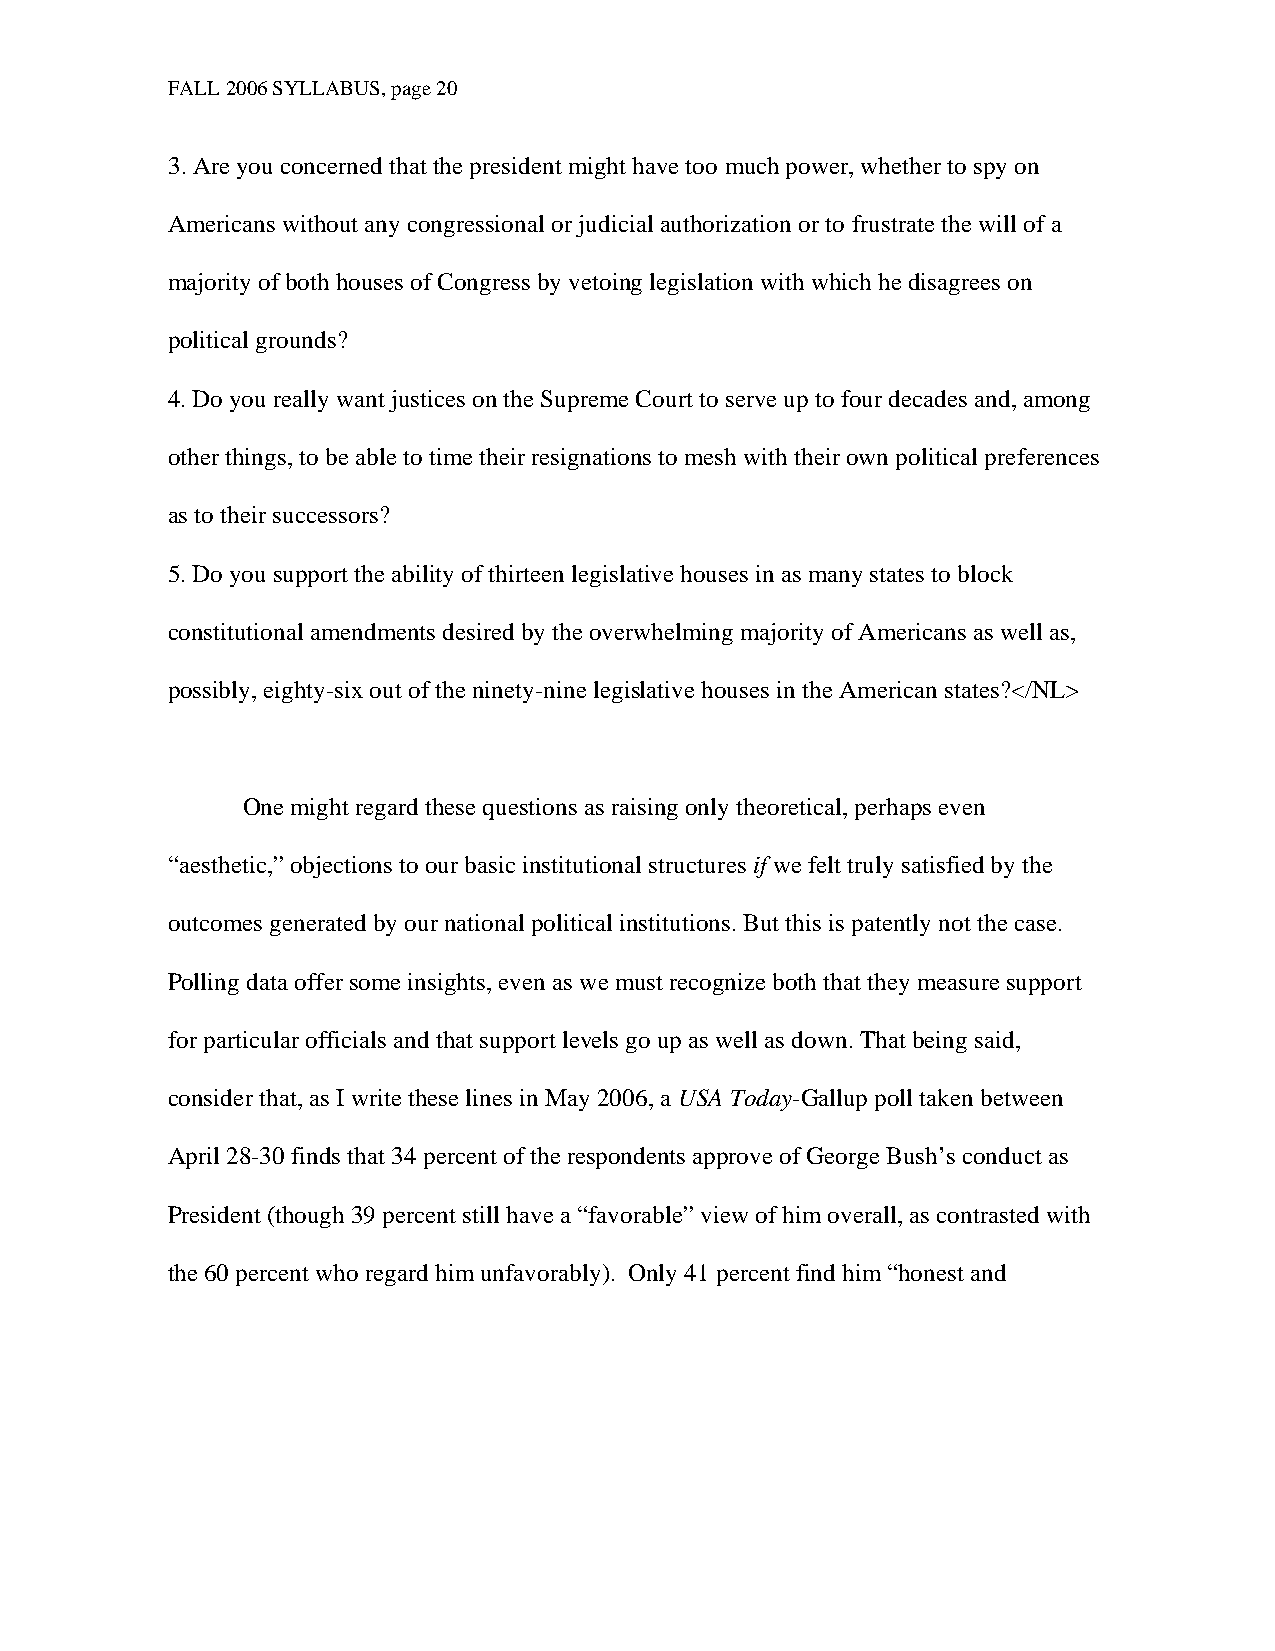
FALL 2006 SYLLABUS, page 20
 3. Are you concerned that the president might have too much power, whether to spy on
 Americans without any congressional or judicial authorization or to frustrate the will of a
 majority of both houses of Congress by vetoing legislation with which he disagrees on
 political grounds?
 4. Do you really want justices on the Supreme Court to serve up to four decades and, among
 other things, to be able to time their resignations to mesh with their own political preferences
 as to their successors?
 5. Do you support the ability of thirteen legislative houses in as many states to block
 constitutional amendments desired by the overwhelming majority of Americans as well as,
 possibly, eighty-six out of the ninety-nine legislative houses in the American states?</NL>
 One might regard these questions as raising only theoretical, perhaps even
 “aesthetic,” objections to our basic institutional structures if we felt truly satisfied by the
 outcomes generated by our national political institutions. But this is patently not the case.
 Polling data offer some insights, even as we must recognize both that they measure support
 for particular officials and that support levels go up as well as down. That being said,
 consider that, as I write these lines in May 2006, a USA Today-Gallup poll taken between
 April 28-30 finds that 34 percent of the respondents approve of George Bush’s conduct as
 President (though 39 percent still have a “favorable” view of him overall, as contrasted with
 the 60 percent who regard him unfavorably). Only 41 percent find him “honest and